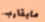
مايقارب